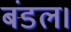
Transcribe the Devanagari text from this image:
बंडल।